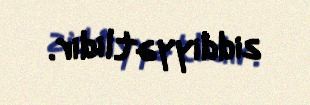
ziddiyyətlidir.